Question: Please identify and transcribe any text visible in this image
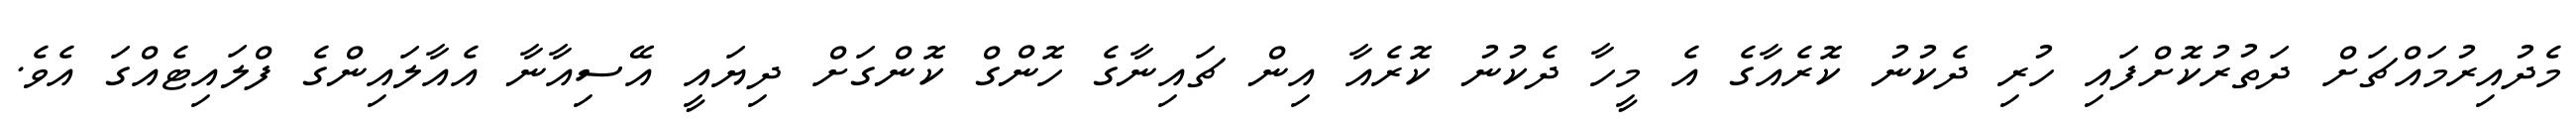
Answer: މެދުއިރުމައްޗަށް ދަތުރުކޮށްފައި ހުރި ދެކުނު ކޮރެއާގެ އެ މީހާ ދެކުނު ކޮރެއާ އިން ޗައިނާގެ ހޮންގް ކޮންގަށް ދިޔައީ އޭސިއާނާ އެއާލައިންގެ ފްލައިޓެއްގަ އެވެ.